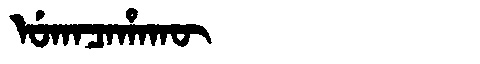
Manchu: ᡠᡴᠠᠴᠠᡥᠠᡴᡡ
Romanization: UKACAHAKŪ